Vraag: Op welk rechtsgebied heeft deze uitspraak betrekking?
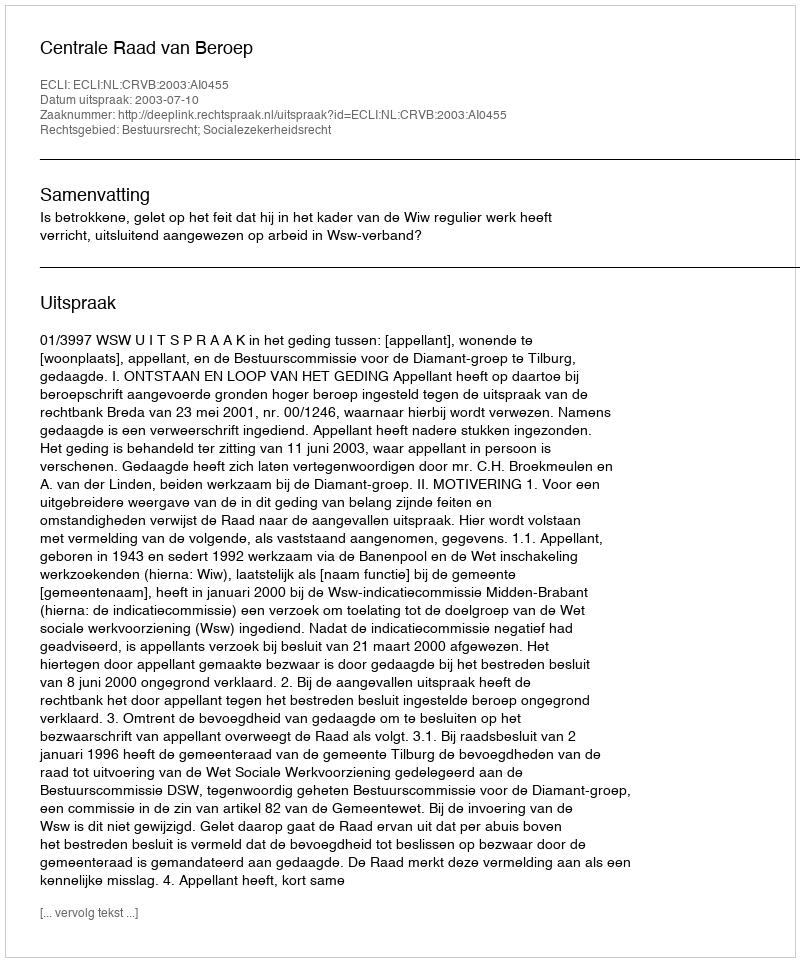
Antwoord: Bestuursrecht; Socialezekerheidsrecht